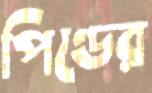
পিণ্ডের